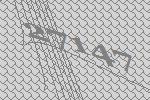
27147